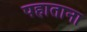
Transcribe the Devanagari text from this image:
पहाताना